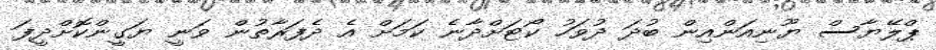
ޕްލޭޔާސް ޔޫނިއަންއިން ބުދަ ދުވަހު ކޯޓަށްދާނެ ކަމަށް އެ ދެފަރާތުން ވަނީ ޔަގީންކޮށްދީފަ